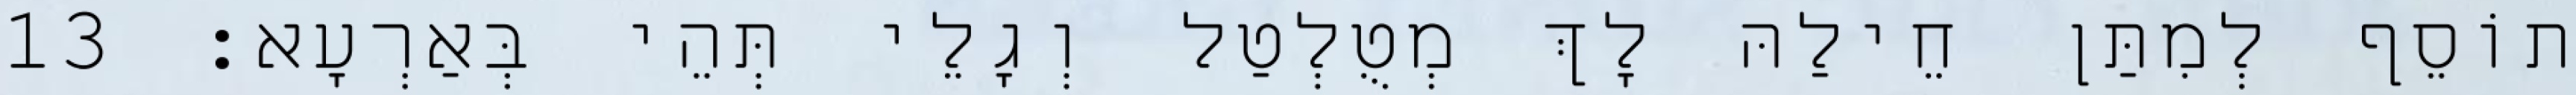
תוֹסֵף לְמִתַּן חֵילַהּ לָךְ מְטֻלְטַל וְגָלֵי תְּהֵי בְּאַרְעָא׃ 13